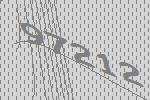
97212